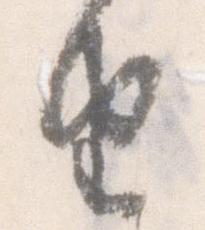
由